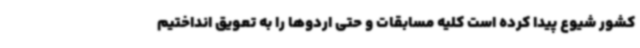
کشور شیوع پیدا کرده است کلیه مسابقات و حتی اردوها را به تعویق انداختیم